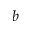
b